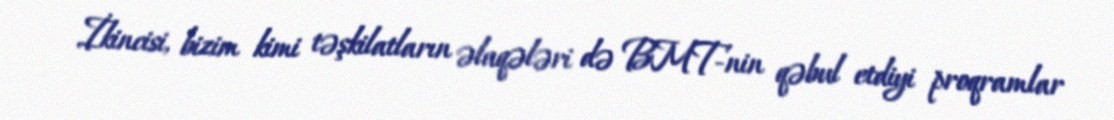
İkincisi, bizim kimi təşkilatların əlaqələri də BMT-nin qəbul etdiyi proqramlar